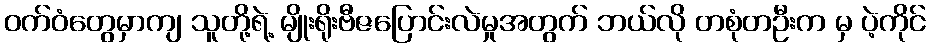
ဝက်ဝံတွေမှာကျ သူတို့ရဲ့ မျိုးရိုးဗီဇပြောင်းလဲမှုအတွက် ဘယ်လို တစုံတဦးက မှ ပဲ့ကိုင်